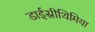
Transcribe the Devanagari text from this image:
डाईस्रीथिमिया